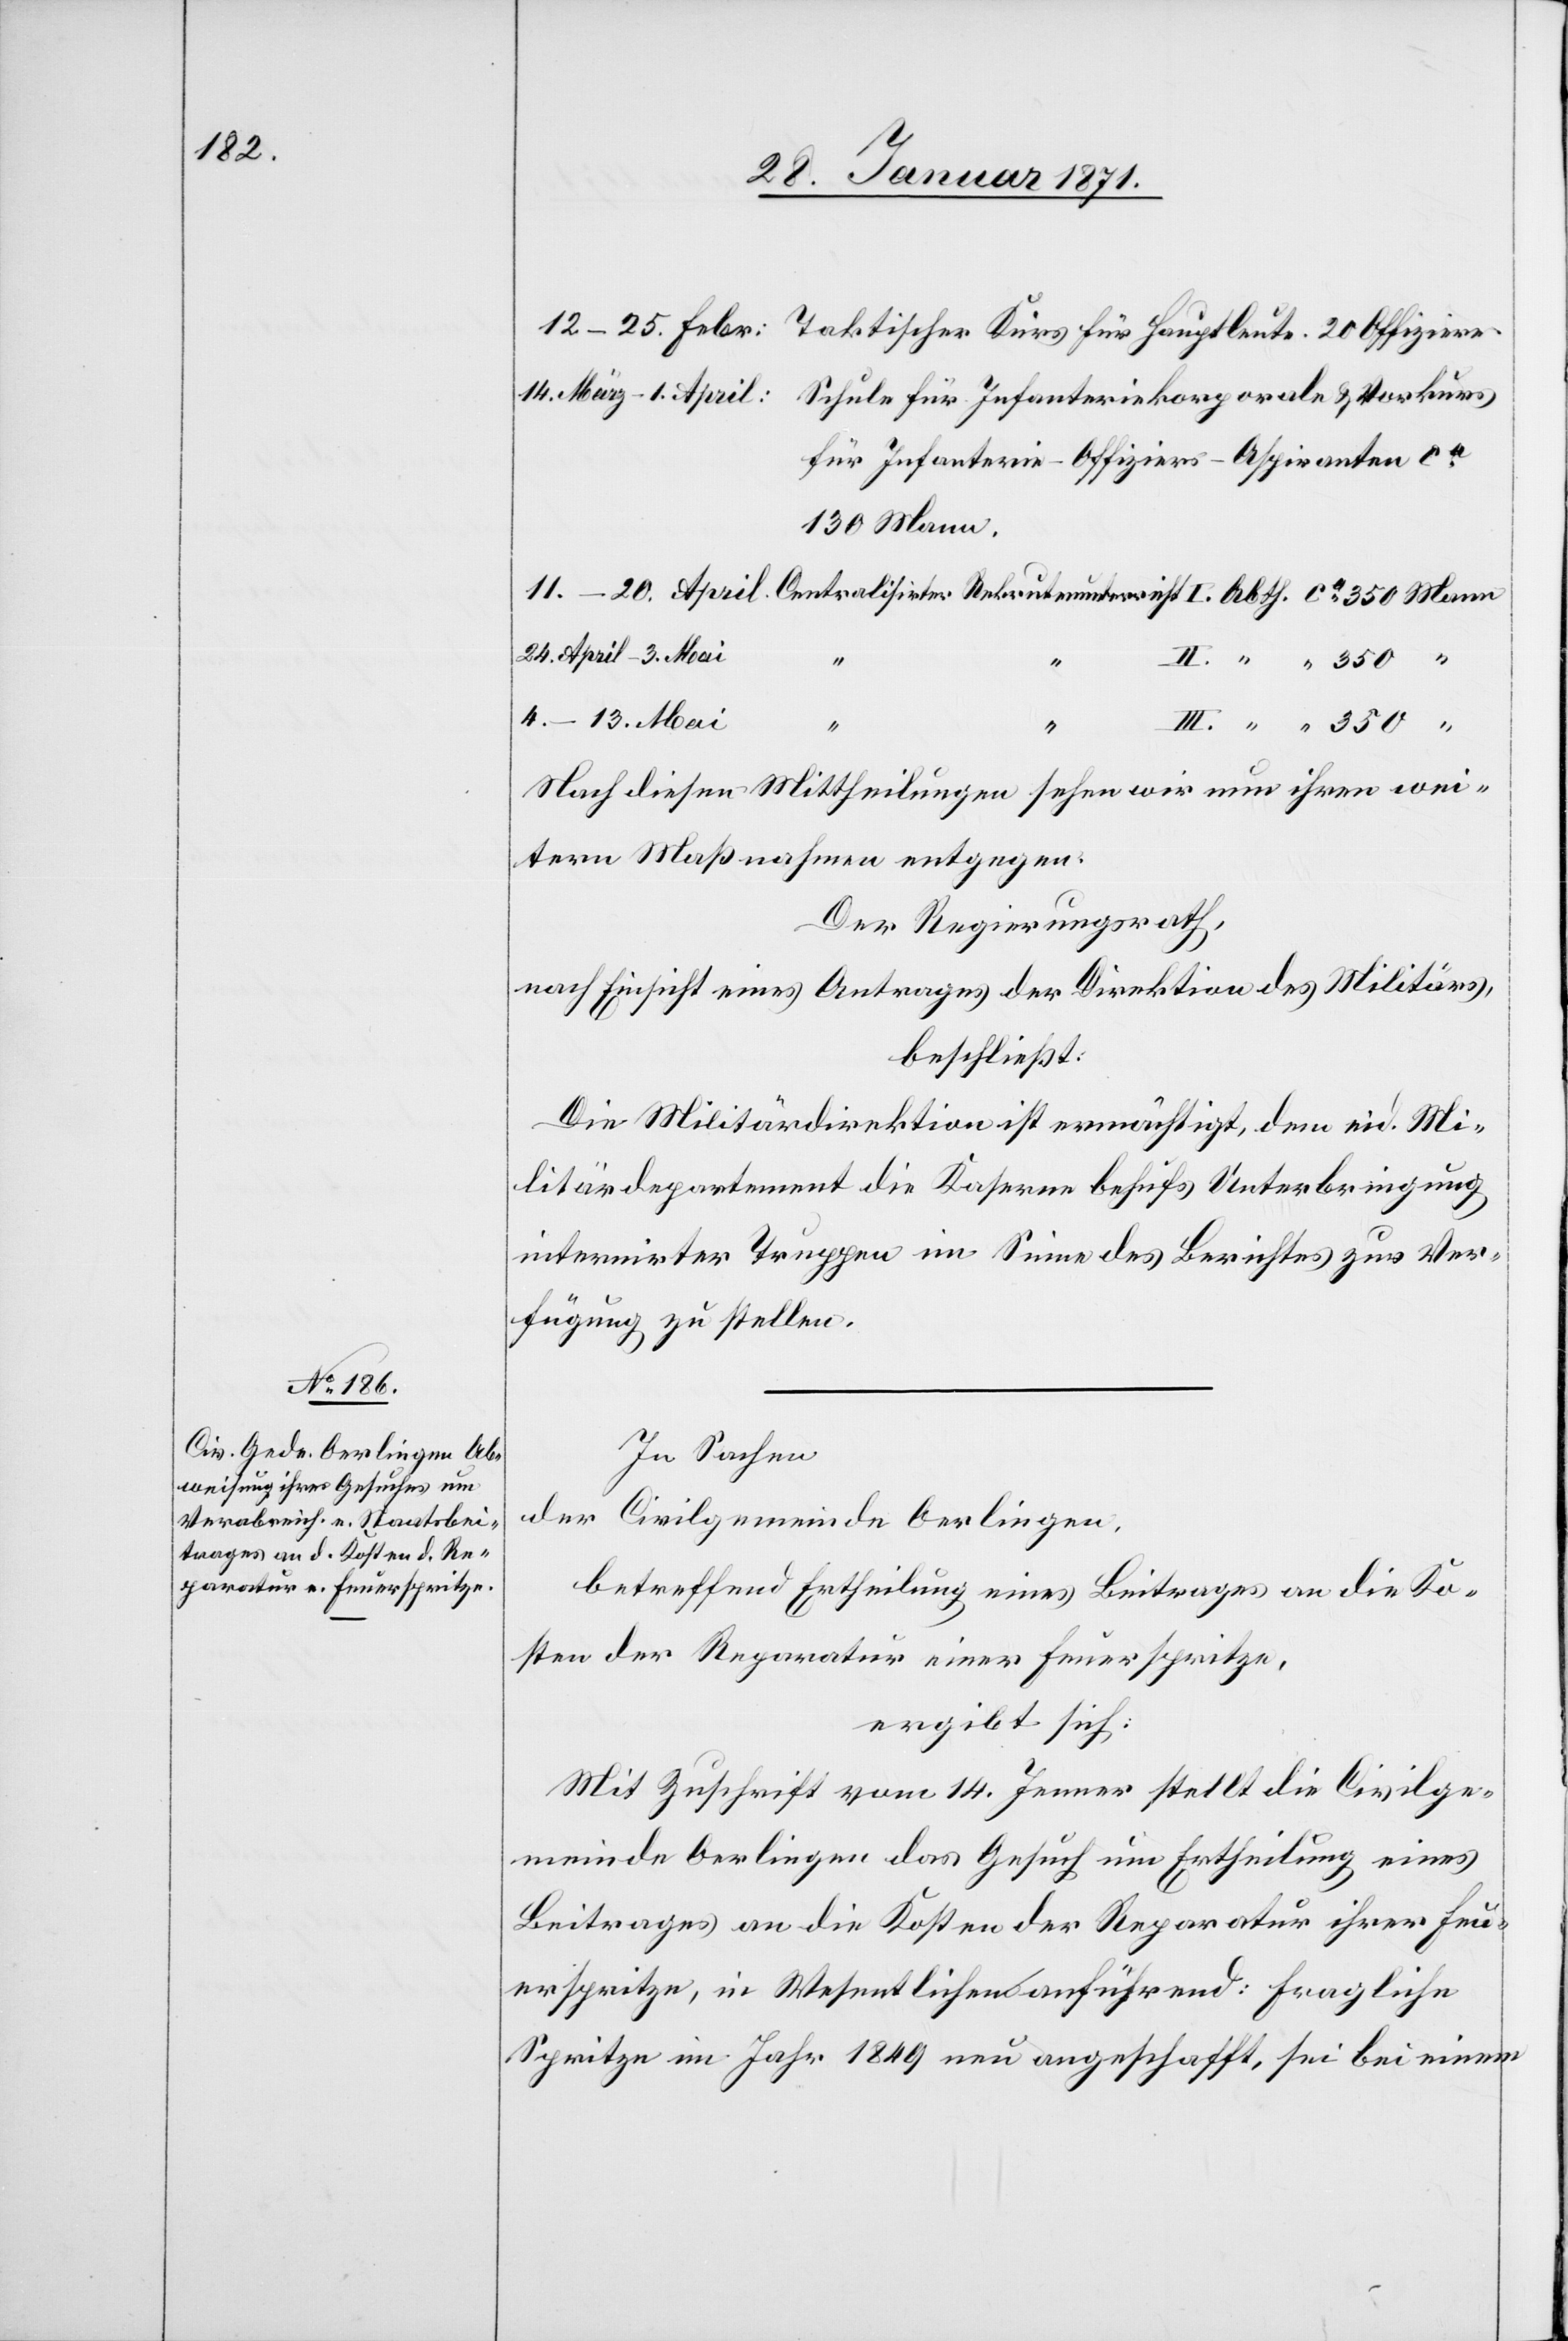
14.

für Infanterie-Offiziers-Aspiranten ca.
130 Mann.
24. April – 3. Mai
4. – 13. Mai
Nach diesen Mittheilungen sehen wir nun ihren wei¬
tern Maßnahmen entgegen.[“]
Der Regierungsrath,
nach Einsicht eines Antrages der Direktion des Militärs
beschließt:
Die Militärdirektion ist ermächtigt, dem eid. Mi¬
litärdepartement die Kaserne behufs Unterbringung
internirter Truppen im Sinne des Berichtes zur Ver¬
fügung zu stellen.
In Sachen
der Civilgemeinde Oerlingen,
betreffend Ertheilung eines Beitrages an die Ko¬
sten der Reparatur einer Feuerspritze,
ergibt sich:
Mit Zuschrift vom 14. Jenner stellt die Civilge¬
meinde Oerlingen das Gesuch um Ertheilung eines
Beitrages an die Kosten der Reparatur ihrer Feu¬
erspritze, in Wesentlichem anführend: fragliche
Spritze im Jahr 1849 neu angeschafft, sei bei einem